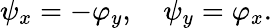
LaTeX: \psi_{x}=-\varphi_{y},\quad\psi_{y}=\varphi_{x}.